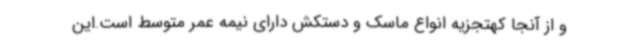
و از آنجا کهتجزیه انواع ماسک و دستکش دارای نیمه عمر متوسط است.این